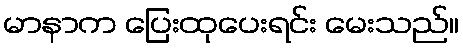
မာနာက ပြေးထုပေးရင်း မေးသည်။